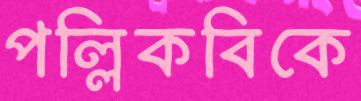
পল্লিকবিকে